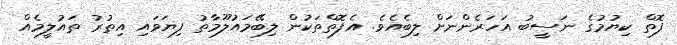
ފޮތް ކިޔުމުގެ ނަސީބު އަހަރެންނަށް ލިބެއެވެ. އެފޮތްތަކުން ލިބޭމައުލޫމާތު ފިޔަވައި އިތުރު ތައުލީމެއް